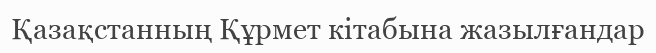
Қазақстанның Құрмет кітабына жазылғандар